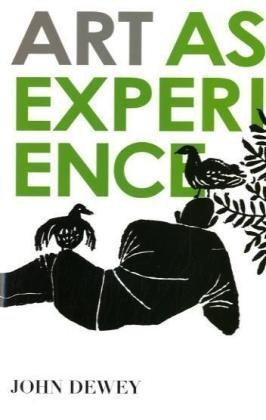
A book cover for Art as Experience; John Dewey; Arts & Photography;